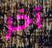
آخر